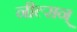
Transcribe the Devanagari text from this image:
नील्सन्